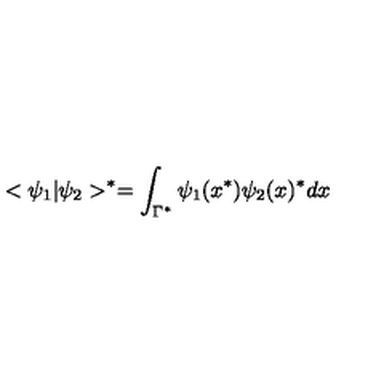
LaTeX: < \psi _ { 1 } | \psi _ { 2 } > ^ { * } = \int _ { \Gamma ^ { * } } \psi _ { 1 } ( x ^ { * } ) \psi _ { 2 } ( x ) ^ { * } d x